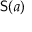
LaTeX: { \mathsf { S } } ( a )